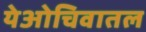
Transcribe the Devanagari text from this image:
येओचिवातल